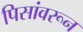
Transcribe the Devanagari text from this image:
पिसांवरून